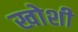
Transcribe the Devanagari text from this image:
खोशी